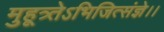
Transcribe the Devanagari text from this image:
मुहूत्र्तेऽभिजित्संज्ञे।।